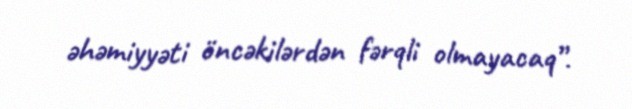
əhəmiyyəti öncəkilərdən fərqli olmayacaq”.